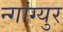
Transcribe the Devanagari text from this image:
न्गांग्युर